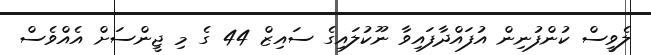
ލެވީސް ކުންފުނިން އުފައްދާފައިވާ ނޫކުލައިގެ ސައިޒް 44 ގެ މި ޖީންސަށް އެއްވެސް